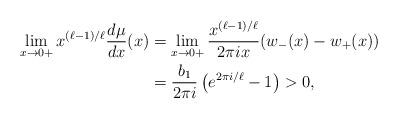
LaTeX: \begin{align*} \lim_{x\rightarrow 0+} x^{(\ell-1)/\ell}\frac{d\mu}{dx}(x)&=\lim_{x\rightarrow 0+} \frac{x^{(\ell-1)/\ell}}{2\pi i x}(w_{-}(x)-w_{+}(x))\\&= \frac{b_1}{2\pi i}\left(e^{2\pi i/\ell}-1\right)>0,\end{align*}